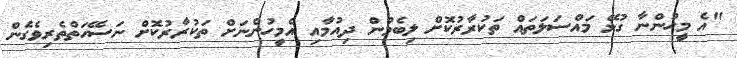
"އެ މީހުންނާ ގުޅޭ މައްސަލަތައް ތަކުރާރުކޮށް ލިބެމުން ދިއުމާއި އެމީހުންނަށް ތަކުރާރުކޮށް ނަސޭހަތްތެރިވެގެން